Preparation of a safe and efficient antirabic vaccine - Number 44
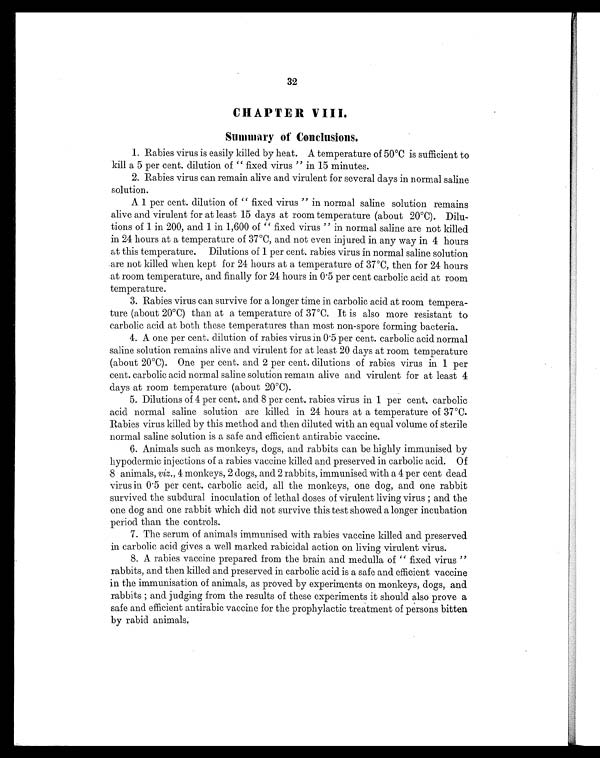
32
CHAPTER VIII.
Summary of Conclusions.
1. Rabies virus is easily killed by heat. A temperature of 50°C is sufficient to
kill a 5 per cent. dilution of " fixed virus " in 15 minutes.
2. Rabies virus can remain alive and virulent for several days in normal saline
solution.
A. 1 per cent. dilution of " fixed virus " in normal saline solution remains
alive and virulent for at least 15 days at room temperature (about 20°C). Dilu-
tions of 1 in 200, and 1 in 1,600 of " fixed virus " in normal saline are not killed
in 24 hours at a temperature of 37°C, and not even injured in any way in 4 hours
at this temperature. Dilutions of 1 per cent. rabies virus in normal saline solution
are not killed when kept for 24 hours at a temperature of 37°C, then for 24 hours
at room temperature, and finally for 24 hours in 0 . 5 per cent carbolic acid at room
temperature.
3. Rabies virus can survive for a longer time in carbolic acid at room tempera-
ture (about 20°C) than at a temperature of 37°C. It is also more resistant to
carbolic acid at both these temperatures than most non-spore forming bacteria.
4. A one per cent. dilution of rabies virus in 0 . 5 per cent. carbolic acid normal
saline solution remains alive and virulent for at least 20 days at room temperature
(about 20°C). One per cent. and 2 per cent. dilutions of rabies virus in 1 per
cent. carbolic acid normal saline solution remain alive and virulent for at least 4
days at room temperature (about 20°C).
5. Dilutions of 4 per cent. and 8 per cent. rabies virus in 1 per cent. carbolic
acid normal saline solution are killed in 24 hours at a temperature of 37°C.
Rabies virus killed by this method and then diluted with an equal volume of sterile
normal saline solution is a safe and efficient antirabic vaccine.
6. Animals such as monkeys, dogs, and rabbits can be highly immunised by
hypodermic injections of a rabies vaccine killed and preserved in carbolic acid. Of
8 animals, viz., 4 monkeys, 2 dogs, and 2 rabbits, immunised with a 4 per cent dead
virus in 0 . 5 per cent. carbolic acid, all the monkeys, one dog, and one rabbit
survived the subdural inoculation of lethal doses of virulent living virus ; and the
one dog and one rabbit which did not survive this test showed a longer incubation
period than the controls.
7. The serum of animals immunised with rabies vaccine killed and preserved
in carbolic acid gives a well marked rabicidal action on living virulent virus.
8. A rabies vaccine prepared from the brain and medulla of " fixed virus "
rabbits, and then killed and preserved in carbolic acid is a safe and efficient vaccine
in the immunisation of animals, as proved by experiments on monkeys, dogs, and
rabbits ; and judging from the results of these experiments it should also prove a
safe and efficient antirabic vaccine for the prophylactic treatment of persons bitten
by rabid animals.